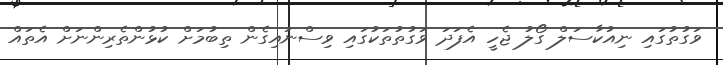
ވަގުތުގައި ނިއުކާސަލް ގޯލު ޖެހީ އެފަދަ ވަގުތުތަކުގައި ވިސްނައިގެން ތިބުމަށް ކުޅުންތެރިންނަށް އެތައް